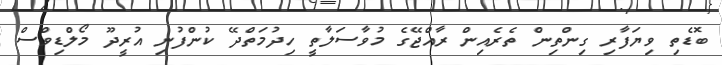
ބޮޑެތި ވިޔަފާރި ގިންތިން ތެރެއިން ރާއްޖޭގެ މުވާސަލާތީ ހިދުމަތްދޭ ކުންފުނި އުރީދޫ މޯލްޑިވްސް